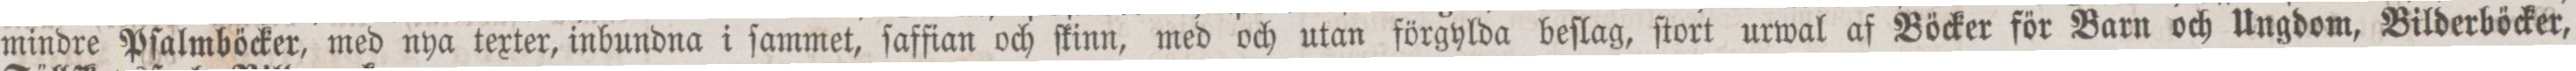
mindre Pſalmböcker, med nya texter, inbundna i ſammet, ſaffian och ſkinn, med och utan förgylda beſlag, ſtort urwal af Böcker för Barn och Ungdom, Bilderböcker,